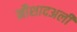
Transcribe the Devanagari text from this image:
नौशादअली